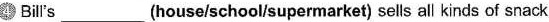
4 Bil's ___ (house/school/supermarket) sells all kinds of snack